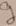
Text: g